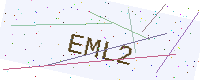
Text: EML2